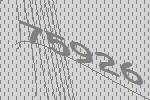
75926